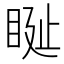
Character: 𥆊